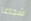
شجاعا